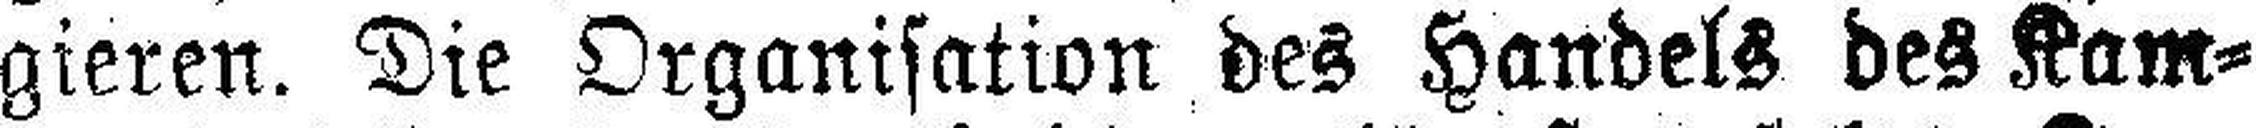
gieren. Die Organisation des Handels des Kam¬